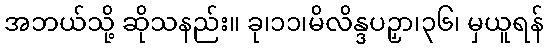
အဘယ်သို့ ဆိုသနည်း။ ခု၊၁၁၊မိလိန္ဒပဉှာ၊၃၆၊ မှယူရန်